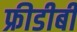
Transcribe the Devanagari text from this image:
फ्रीडीबी